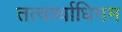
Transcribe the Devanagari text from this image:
तत्वार्थाधिगम